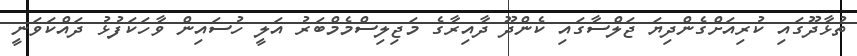
ތުޅާދޫގައި ކުރިއަށްގެންދިޔަ ޖަލްސާގައި ކެންދޫ ދާއިރާގެ މަޖިލިސްމެމްބަރު އަލީ ހުސައިން ވާހަކަފުޅު ދައްކަވަނީ